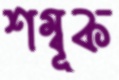
শম্বূক